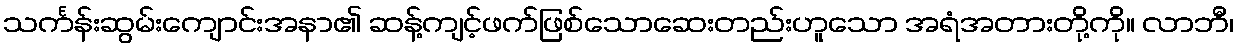
သင်္ကန်းဆွမ်းကျောင်းအနာ၏ ဆန့်ကျင့်ဖက်ဖြစ်သောဆေးတည်းဟူသော အရံအတားတို့ကို။ လာဘီ၊